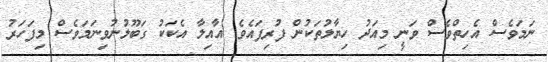
ނަމަވެސް އެހިތްވެސް ވަނީ މިއަދު ހިޔާލުތަކުން ފުރިފައެވެ. އާއިލާ އެކަކު ގަބޫލުނުވިނަމަވެސް މިފަހަރު